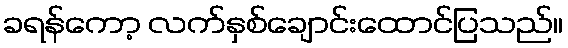
ခရန်ကော့ လက်နှစ်ချောင်းထောင်ပြသည်။